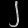
Digit: ၂